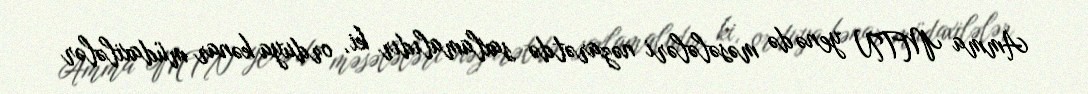
Amma MTN yenə də məsələləri nəzarətdə saxlamalıdır ki, orduya kənar müdaxilələr